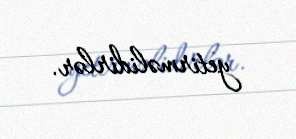
yetirməlidirlər.